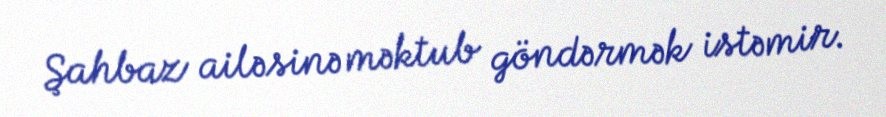
Şahbaz ailəsinə məktub göndərmək istəmir.